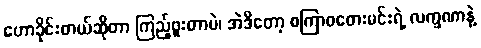
ဟောခိုင်းတယ်ဆိုတာ ကြည့်ဖူးတာပဲ၊ အဲဒီတော့ စကြာဝတေးမင်းရဲ့ လက္ခဏာနဲ့